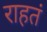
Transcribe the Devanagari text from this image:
राहतं